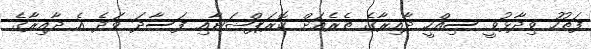
ފަތުހު ވިދާޅުވީ ސިއްހީ ދާއިރާގެ ތެރެއަށް ކޮރަޕްޝަނާއި ފަސާދަ ވަދެ އެ ދާއިރާގެ